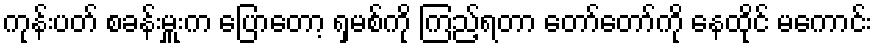
ကုန်းပတ် စခန်းမှူးက ပြောတော့ ရှမစ်ကို ကြည့်ရတာ တော်တော်ကို နေထိုင် မကောင်း